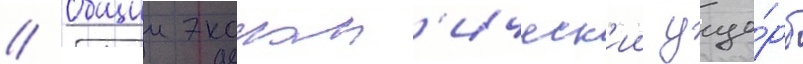
// Общии эконом'ическ'ии уще́рб